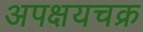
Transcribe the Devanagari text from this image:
अपक्षयचक्र